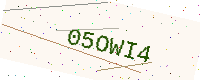
Text: 05OWI4